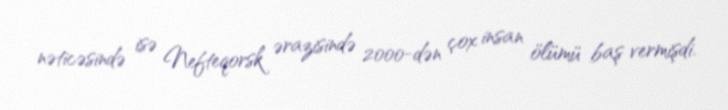
nəticəsində isə Nefteqorsk ərazisində 2000-dən çox insan ölümü baş vermişdi.